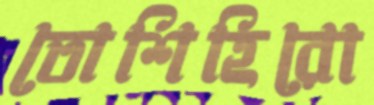
তোশিহিরো